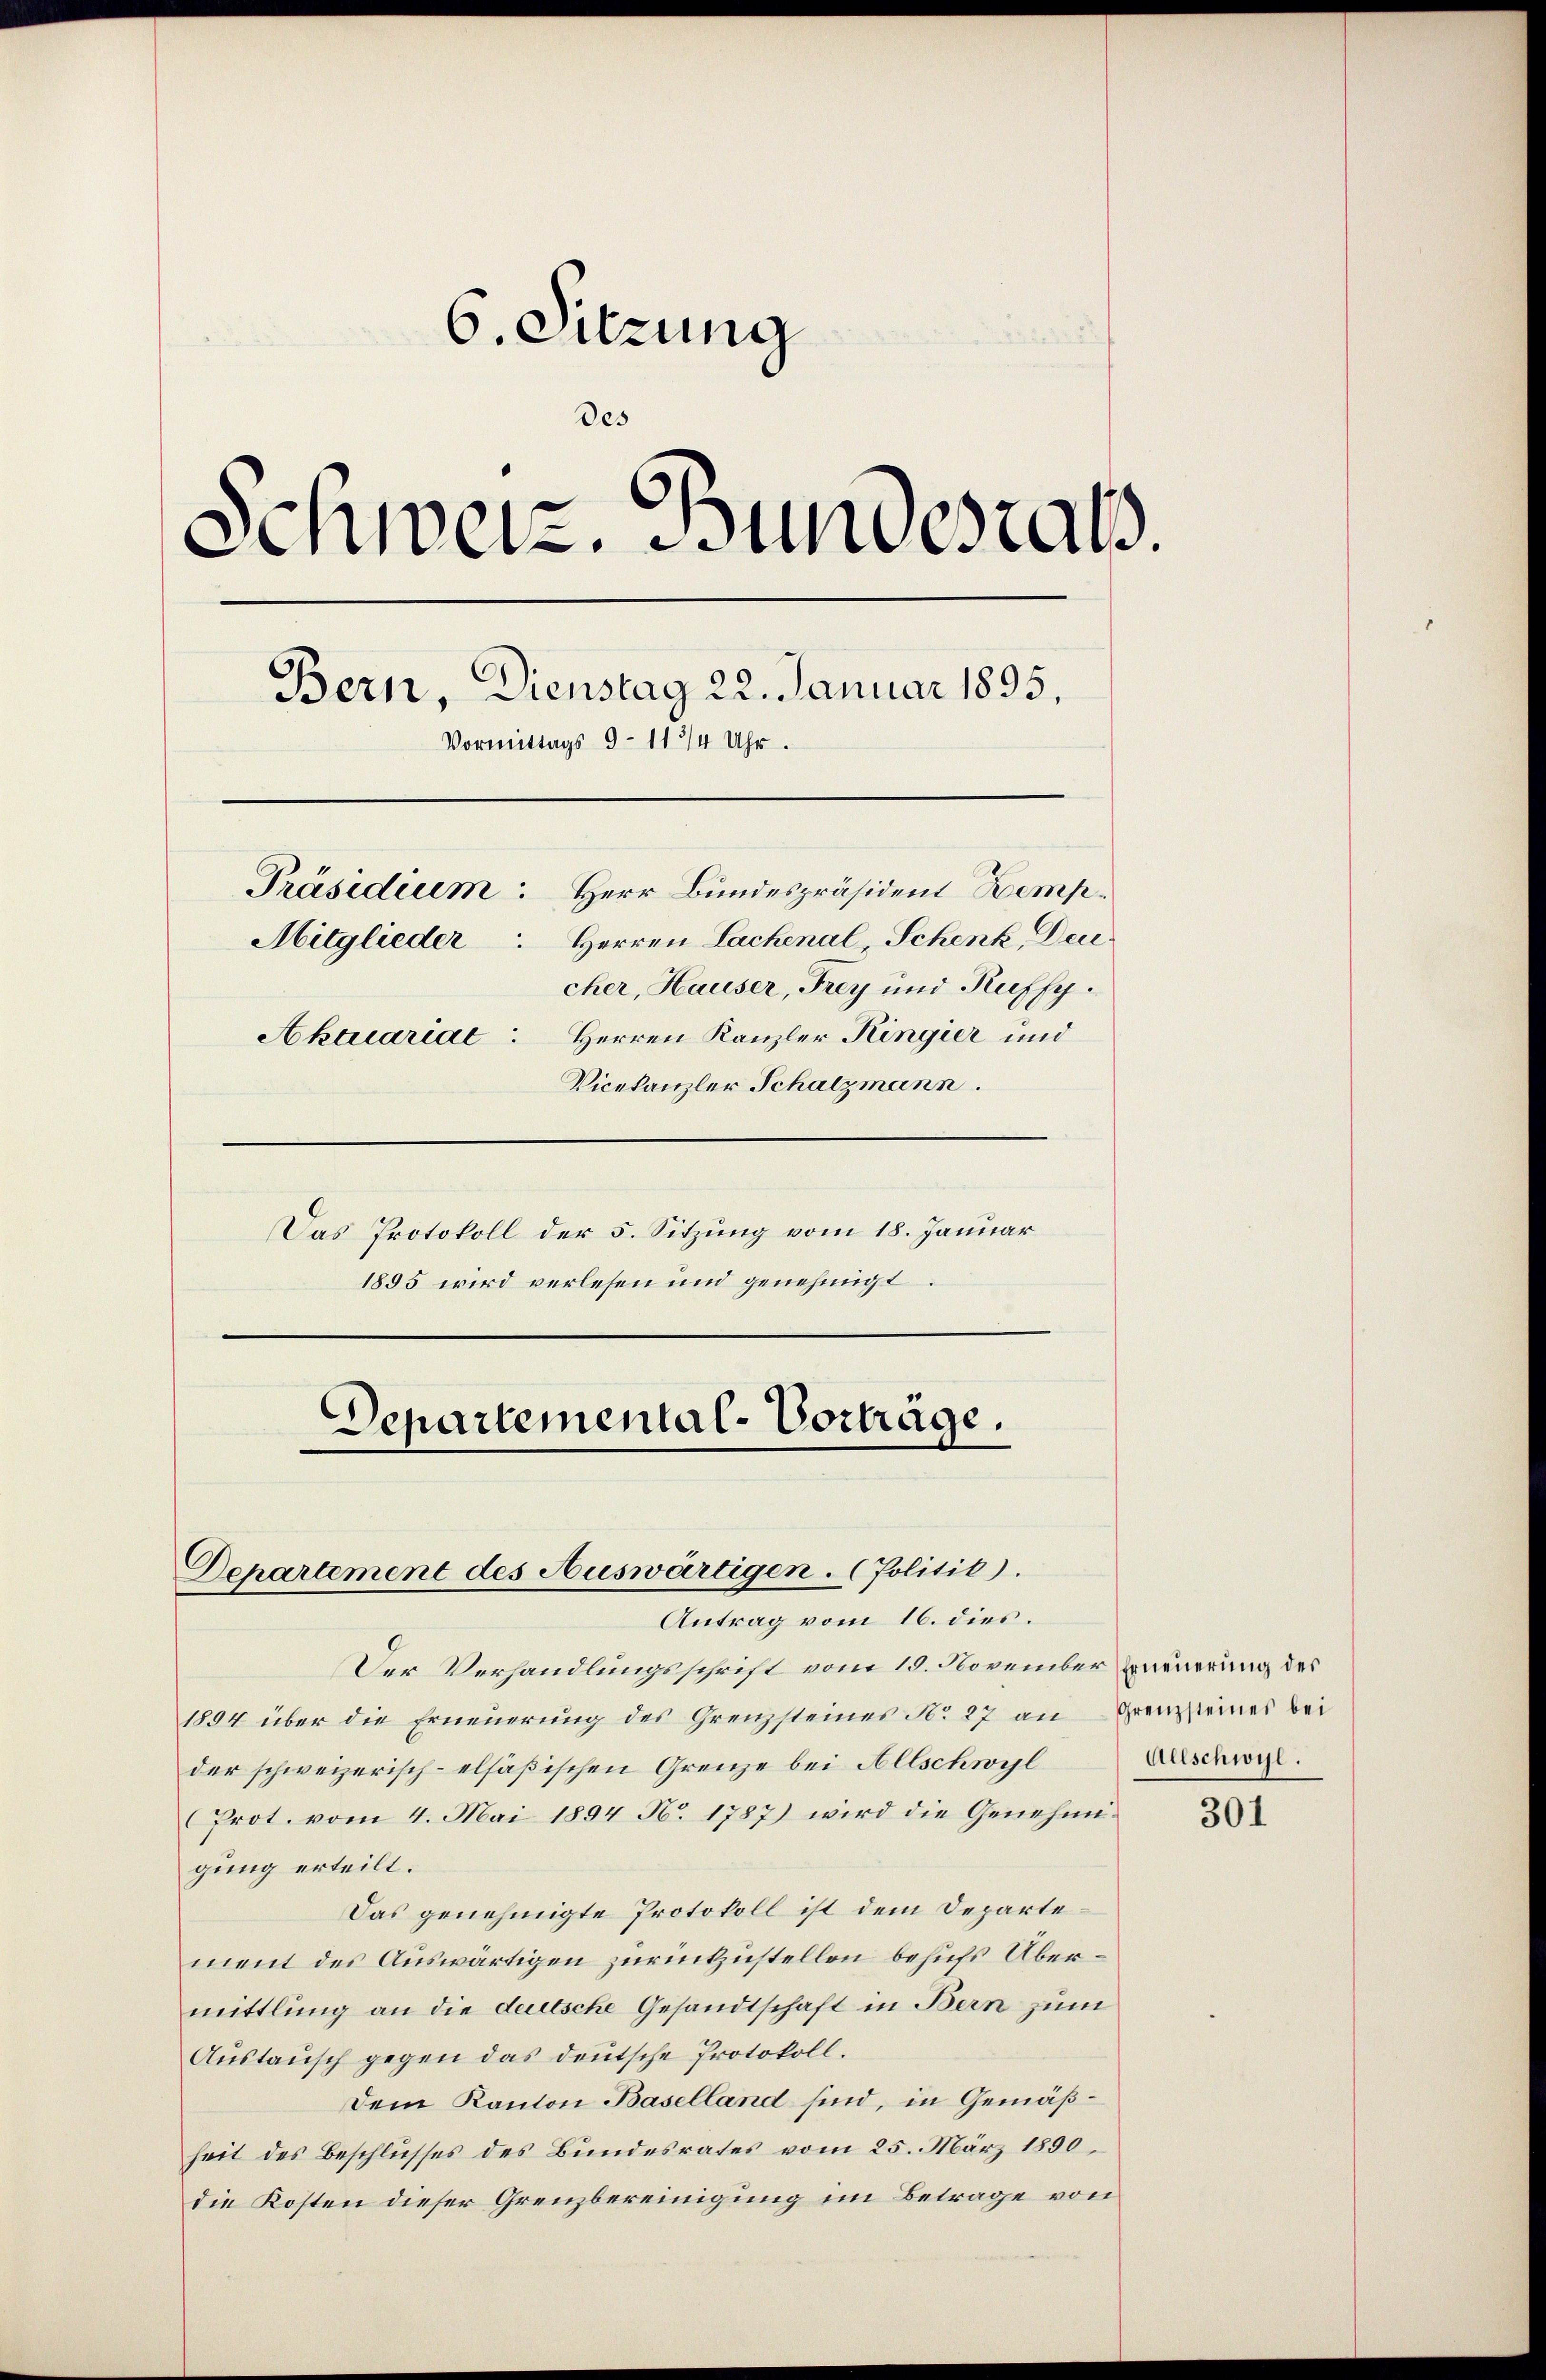
6. Sitzung
des
Schweiz. Bundestal
Bern, Dienstag 22. Januar 1895,
Vormittags 9 - 11 3/4 Uhr.
Präsidium Herr Bundespräsident Kemp¬
Mitglieder: Herren Lachenal, Schenk, Dec.
cher, Hauser, Frey und Kuffy.
Herren Kanzler Kingier und
Aktuariat
Vicekanzler Schatzmann.
Das Protokoll der 5. Sitzung vom 18. Januar
1895 wird verlesen und genehmigt

Departemental-Vorträge.

Departement des Auswärtigen. (Politik).
Antrag vom 16. dies

Der Verhandlungsschrift vom 19. November Erneuerung des
1894 über die Erneuerung des Grenzsteines N. 27 an Grenzsteines bei
der schweizerisch-elsäßischen Grenze bei Allschwyl
Prot. vom 4. Mai 1894 N. 1787) wird die Genehmigung erteilt.
Das genehmigte Protokoll ist dem Departement des Auswärtigen zurückzustellen behufs Übermittlung an die deutsche Gesandtschaft in Bern zum
Aŭstaŭsch gegen das deŭtsche Protokoll.
Dem Kanton Baselland sind, in Gemäßheit des Beschlusses des Bundesrates vom 25. März 1890.
die Kosten dieser Grenzbereinigung im Betrage von

Allschwyl.

301